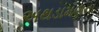
અથડામણના